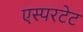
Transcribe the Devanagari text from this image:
एस्परटेट